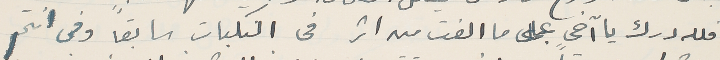
فلله درك يا آخى على ما الفت من اثر فى النكبات سابقاً وفى انتم